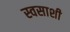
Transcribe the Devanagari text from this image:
स्वसाशी